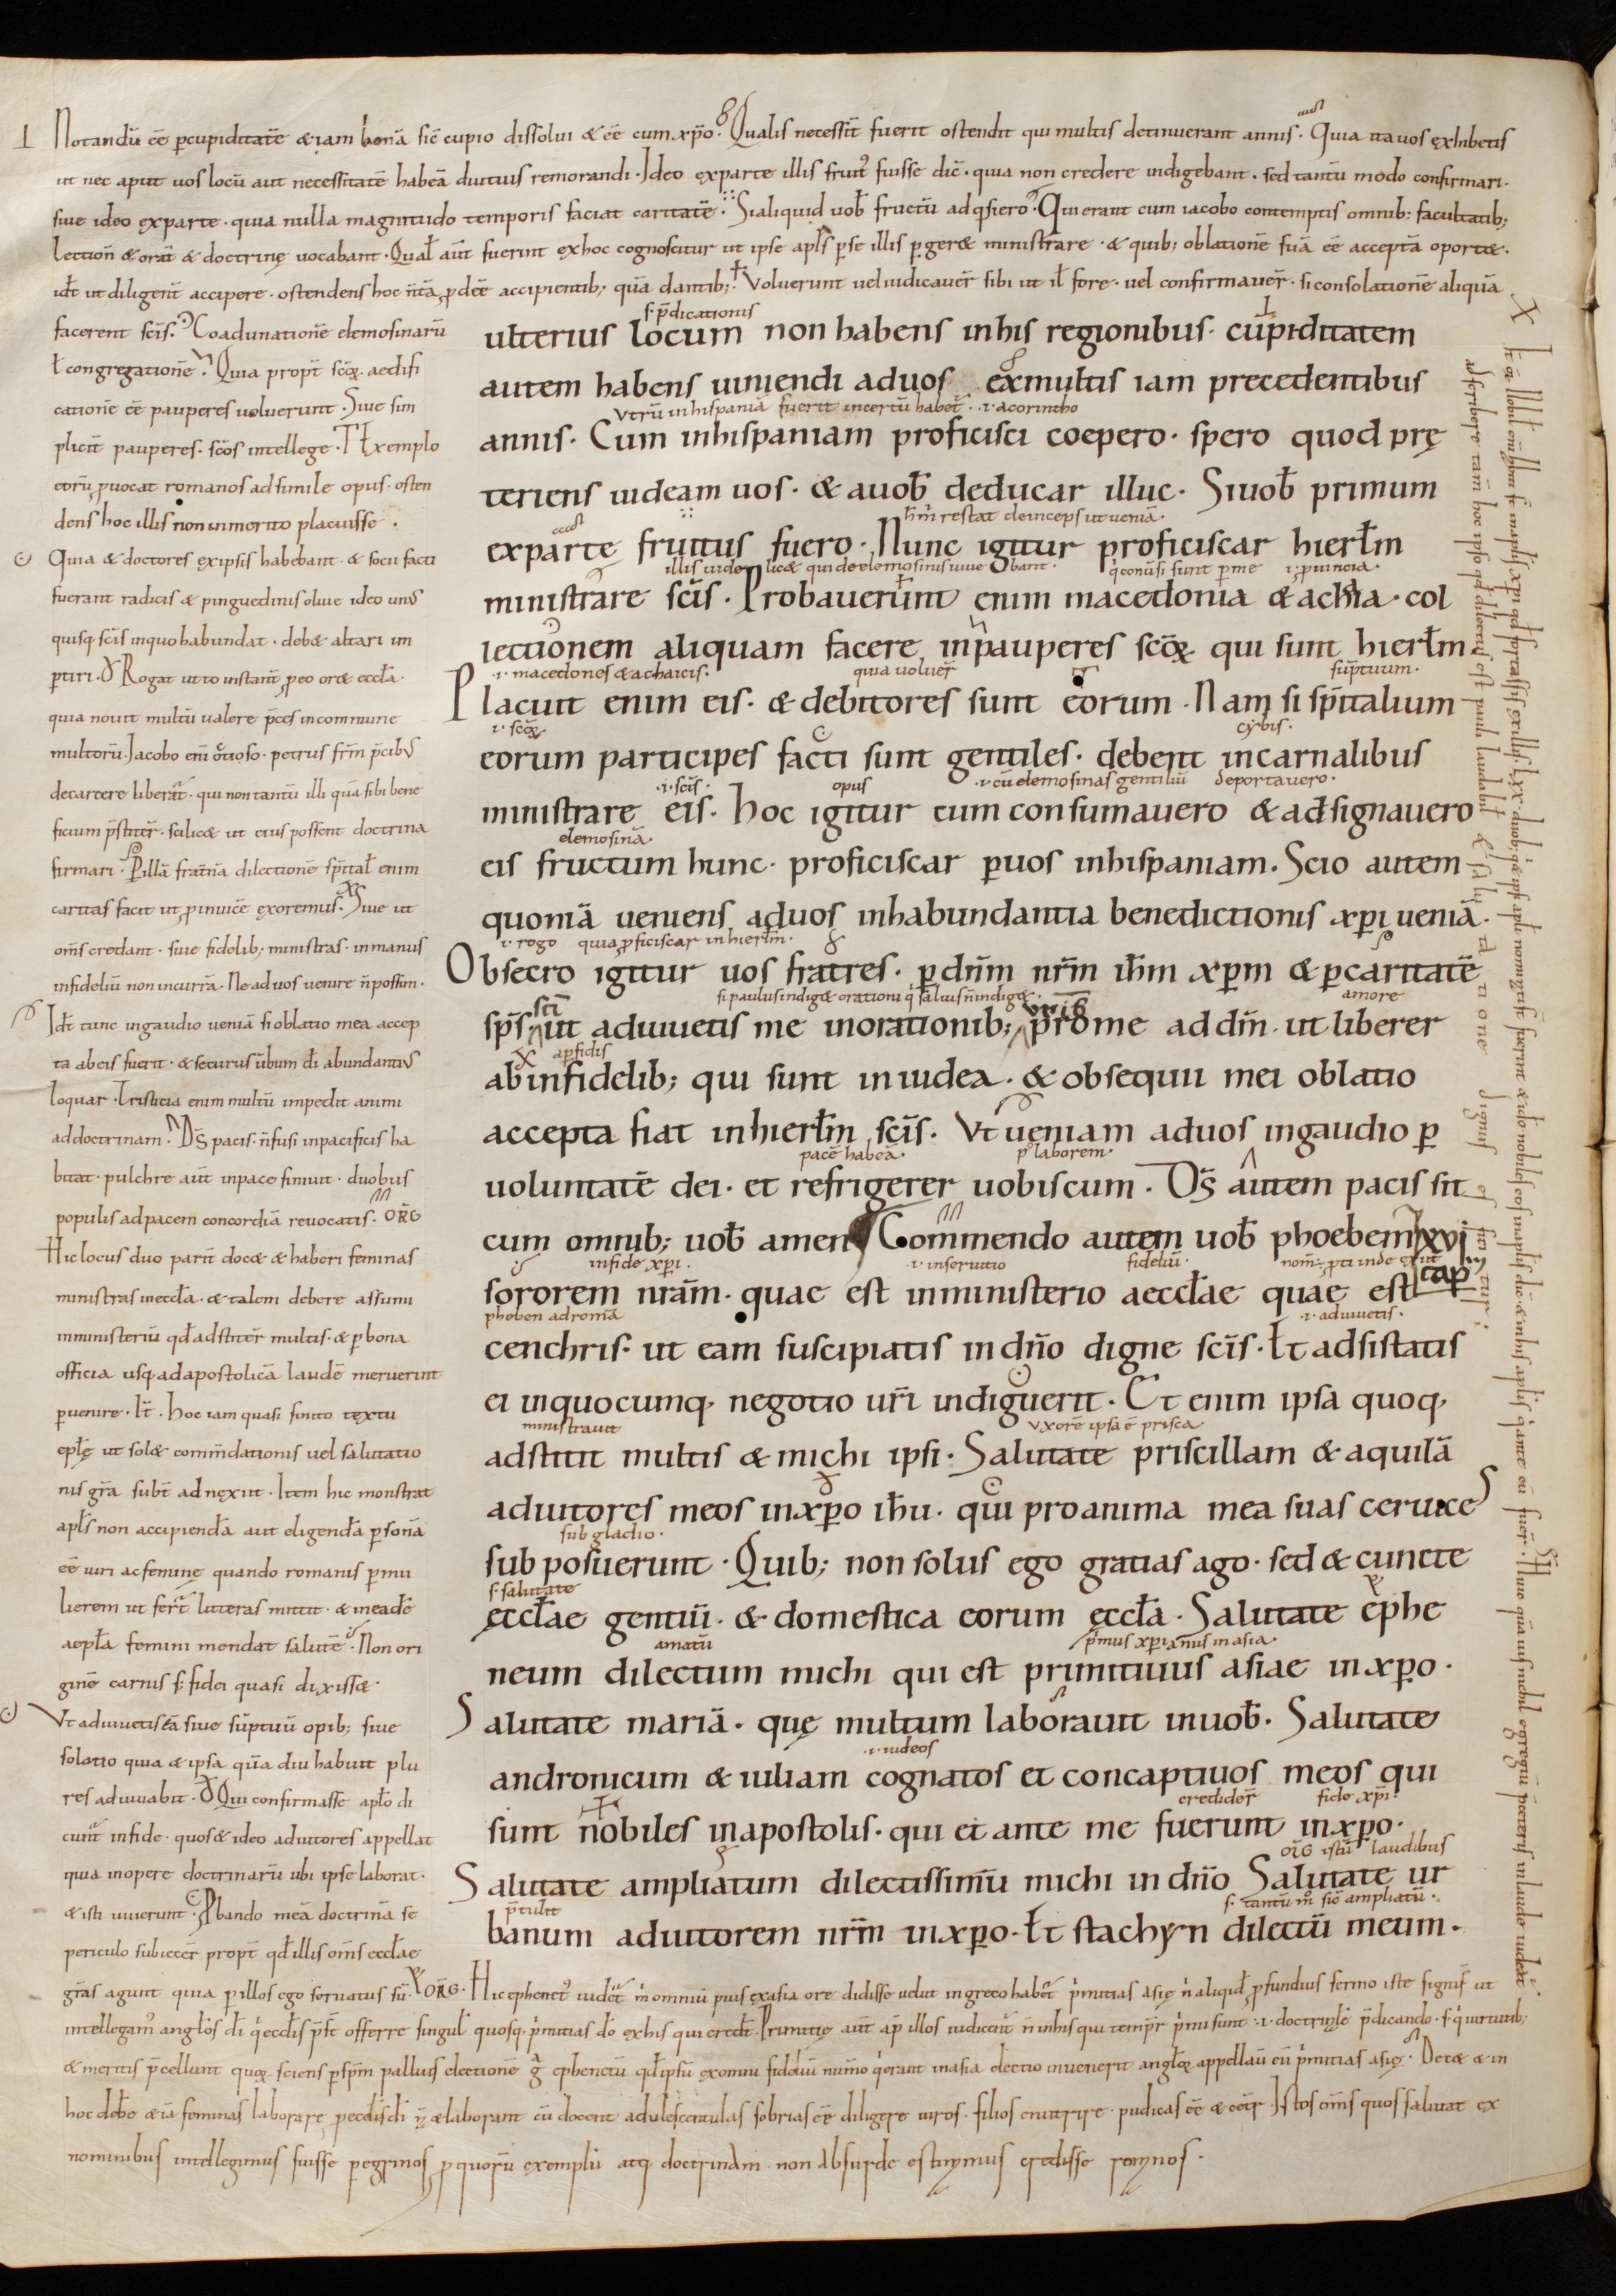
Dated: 900–999